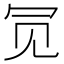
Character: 𫤸